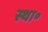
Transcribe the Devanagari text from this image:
स्था॰